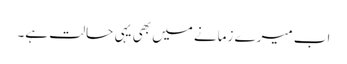
اب میرے زمانے میں بھی یہی حالت ہے۔